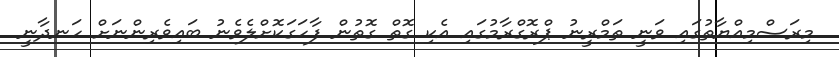
މިރަސްމިއްޔާތުގައި ވަނީ ތަމްރީނު ޕްރޮގްރާމުގައި އެކި ގޮތް ގޮތުން ފާހަގަކޮށްލެވެނު ބައިވެރިންނަށް ހަނދާނީ